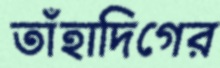
তাঁহাদিগের